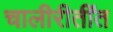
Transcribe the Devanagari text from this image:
चालीरीतींत